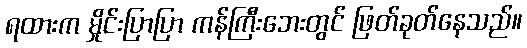
ရထားက မှိုင်းပြာပြာ ကန်ကြီးဘေးတွင် ဖြတ်ခုတ်နေသည်။